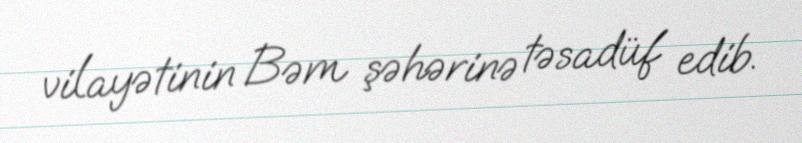
vilayətinin Bəm şəhərinə təsadüf edib.